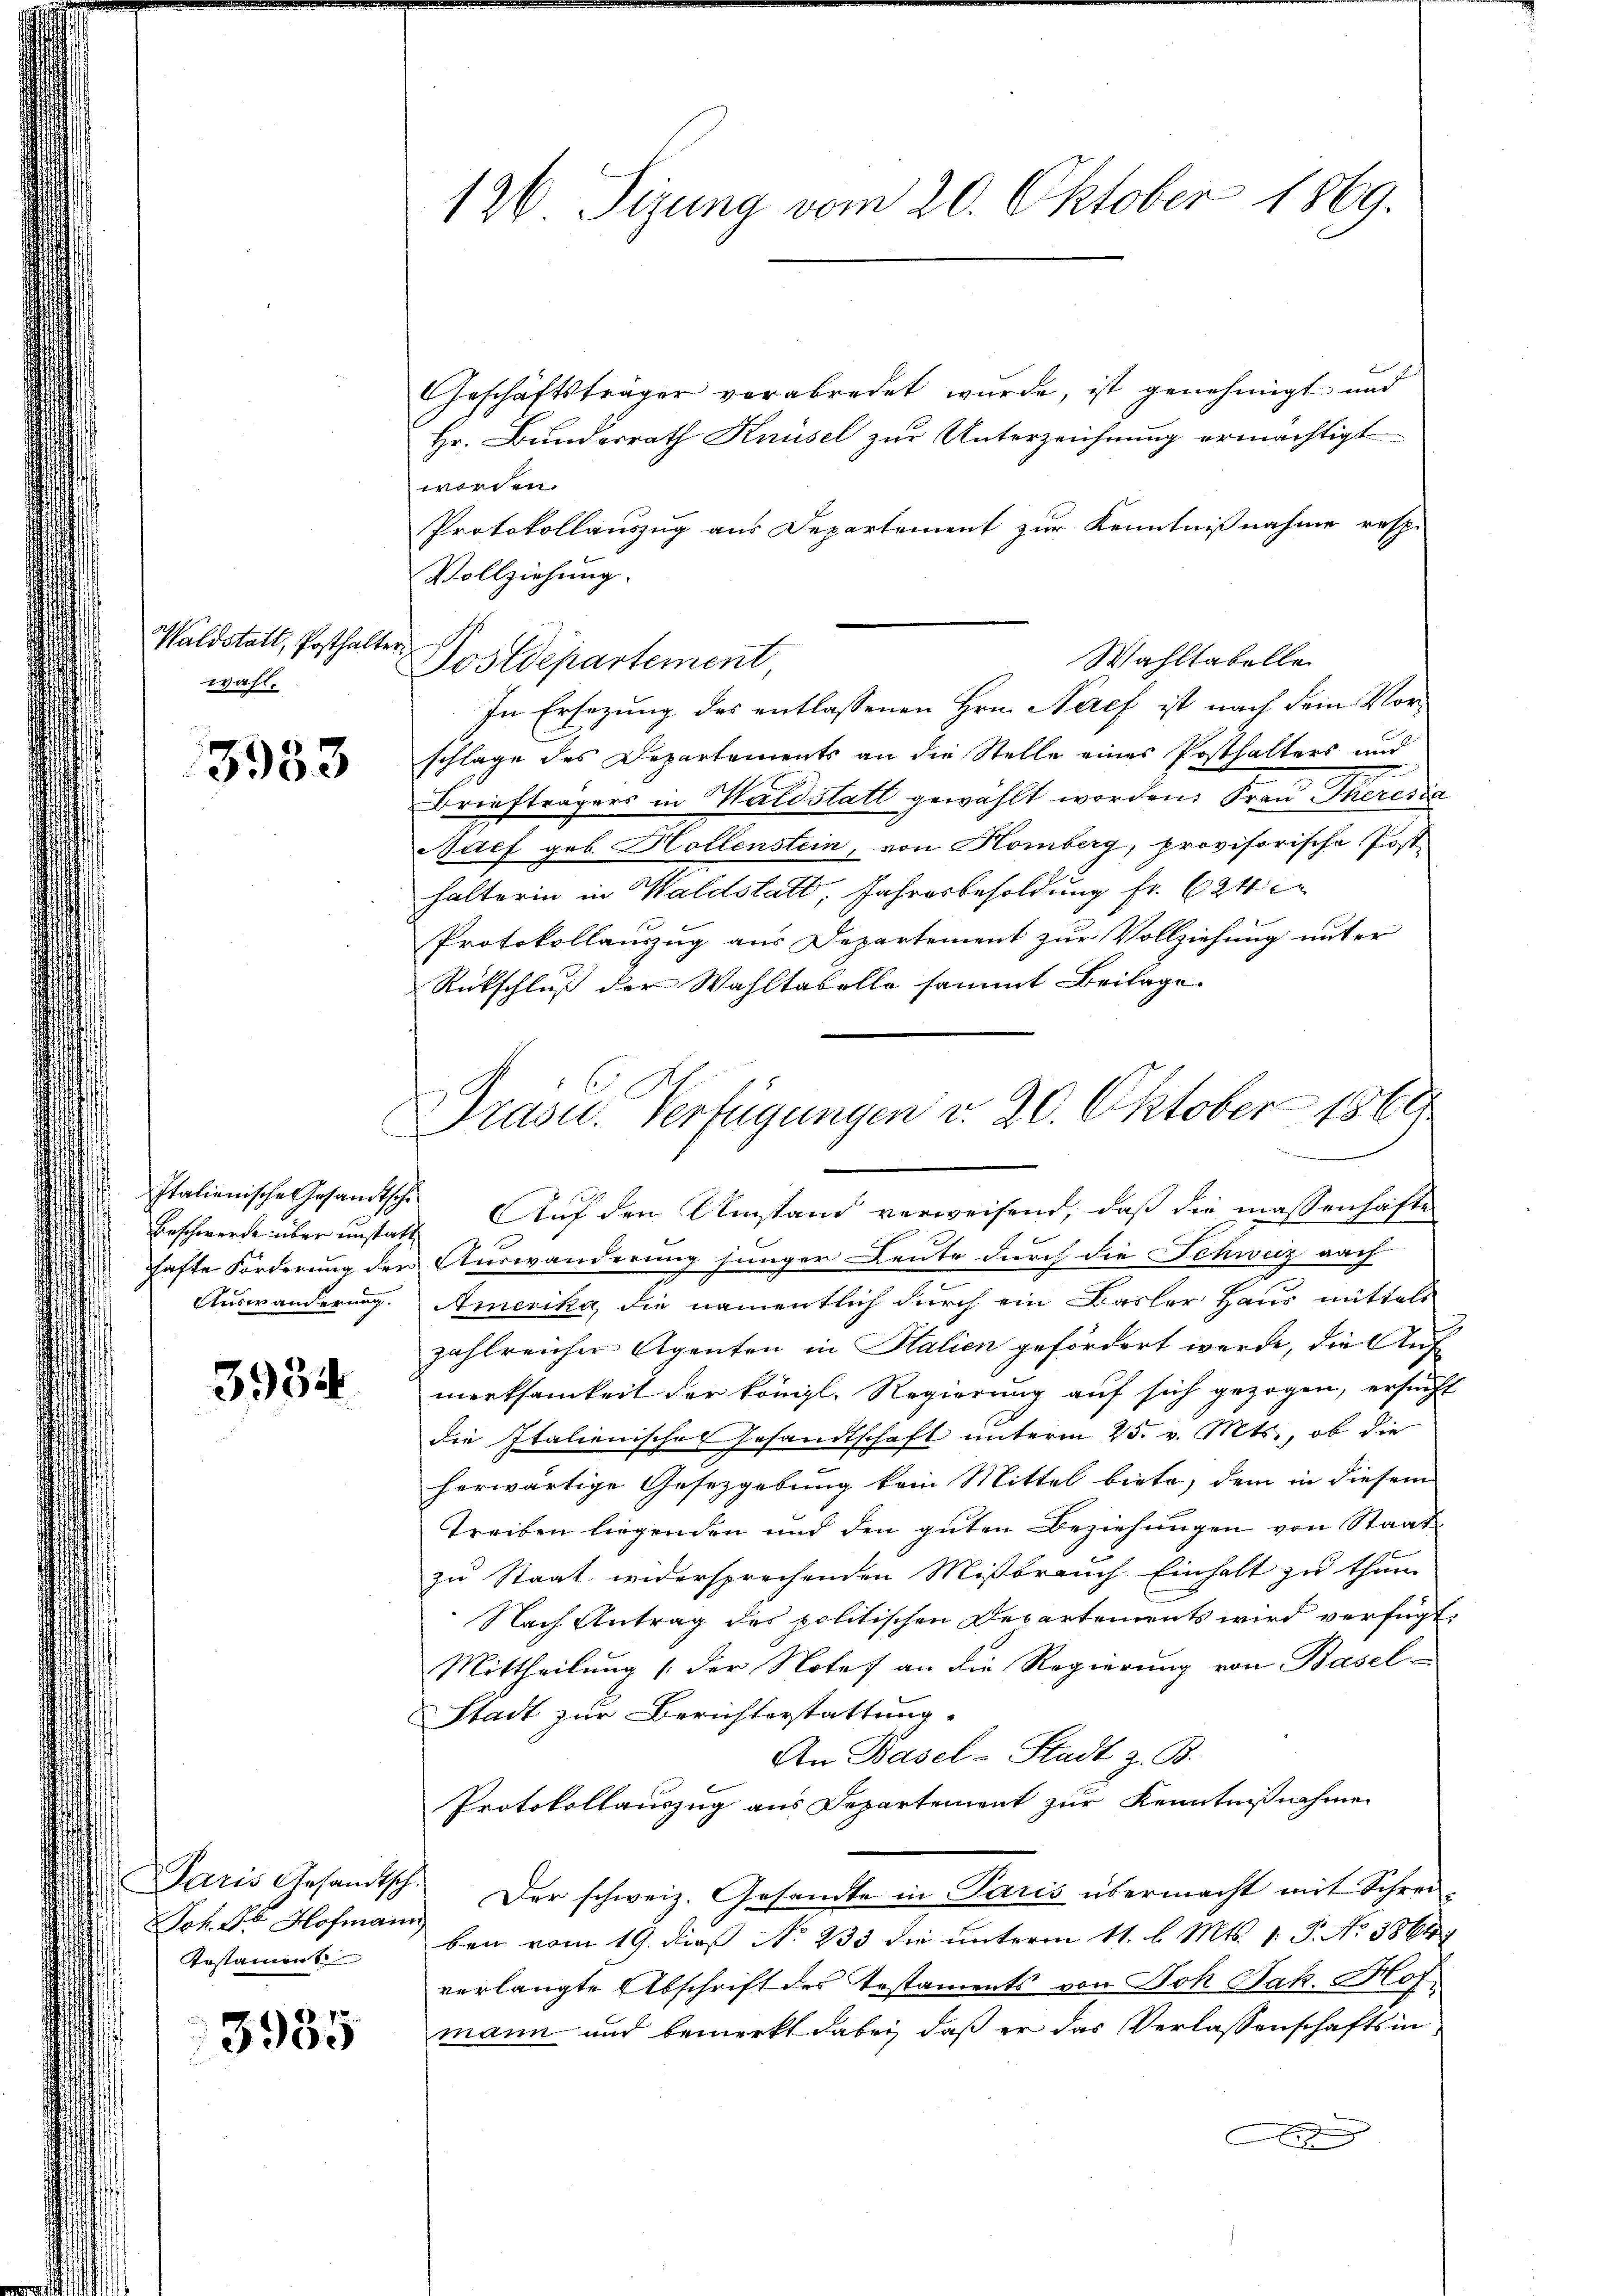
Waldstatt, Posthalte.
wahl.

3953

Italienische Gesandtsche
Auswanderung.

3934

Joh. Se Hofmann
Testament

3985

126 Sizung vom 20. Oktober 1869.

Geschäftsträger verabredet wurde, ist genehmigt und
Hr. Bunderrath Knüsel zur Unterzeichnung ermächtigt
worden.
Protokollauszug aus Departement zur Kenntnißnahme resp.
Vollziehung.
¬
Wahltabelle
Postdepartement,
In Ersezung des entlassenen Hrn. Neef ist nach dem Vorschlage des Departements an die Stelle eines Posthalters und
Briefträgers in Waldstatt gewählt worden. Frau Theresia
Nuef geb. Hollenstein, von Homberg, provisorische Post-
halterin in Waldstatt, Jahresbesoldung fr. 624 in
Protokollauszug aus Departement zur Vollziehung unter
Rückschluß der Wahltabello sammt Beilage.
Beschwerde über unstatt. Auf den Umstand verweisend, daß die massenhafte
chafte Forderung der Auswanderung junger Leute durch die Schweiz nach
Amerika, die namentlich durch ein Basler Haus mittels
zahlreicher Agenten in Salien gefördert werde, die Aufmerksamkeit der königl. Regierung auf sich gezogen, ersucht
die Italienisches Gesandtschaft unterm 25. v. Mts., ob die
herwärtige Gesetzgebung kein Mittel biete, dem in diesem
Treiben liegenden und den guten Beziehungen von Staat
zu Staat widersprechenden Mißbrauch Einhalt zu thun
Nach Antrag des politischen Departements wird verfügt,
Mittheilung (der Note an die Regierung von Basel-
Stadt zur Berichterstattung.
An Basel-Stadt z. B.
Protokollauszug aus Departement zur Kenntnißnahme
Paris Gesandtsch. Der schweiz. Gesandte in Paris übermacht mit Schrei-
ben vom 19. dieß No 233 die unterm 11. l. Mts. 1. P. No 3861
verlangte Abschrift des Testaments von Boh Jak. Hof
mann und bemerkt dabei, daß er das Verlassenschaftsin¬

Präsid.. Verfügungen d. 20. Oktober 1869